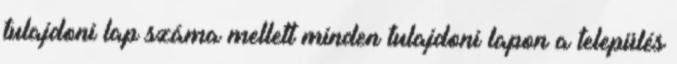
tulajdoni lap száma mellett minden tulajdoni lapon a település